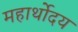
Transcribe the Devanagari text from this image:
महार्थोदय